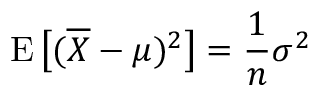
\operatorname { E } { \big [ } ( { \overline { { X } } } - \mu ) ^ { 2 } { \big ] } = { \frac { 1 } { n } } \sigma ^ { 2 }